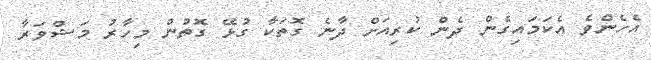
އެހެންވެ އެކަމައިގެން ދެން ކުރިއަށް ދާނެ ގޮތަކާ ގުޅޭ ގޮތުން މިހާރު މަޝްވަރާ